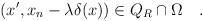
LaTeX: \begin{align*}(x',x_n-\lambda\delta(x))\in Q_R\cap\Omega\quad.\end{align*}